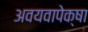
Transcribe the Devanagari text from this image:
अवयवापेक्षा